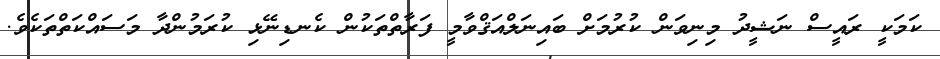
ކަމަކީ ރައީސް ނަޝީދު މިނިވަން ކުރުމަށް ބައިނަލްއަޤްވާމީ ފަރާތްތަކުން ކެނޑިނޭޅި ކުރަމުންދާ މަސައްކަތްތަކެވެ.